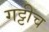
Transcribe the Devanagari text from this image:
गट्टीच